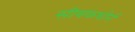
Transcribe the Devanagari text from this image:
सीबकथोर्न